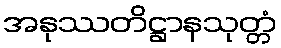
အနုဿတိဋ္ဌာနသုတ္တံ